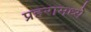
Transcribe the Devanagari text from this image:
प्रहरामध्ये